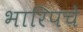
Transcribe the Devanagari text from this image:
भारिपचे